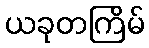
ယခုတကြိမ်